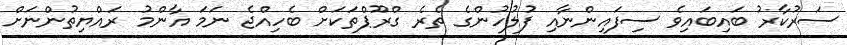
ސަރުކާރު ބައިބައިވެ ސިފައިންނާއި ފުލުހުންގެ ތެރެ ގްރޫޕްތަކަށް ބެހިއްޖެ ނަމަ އާންމު ރައްޔިތުންނަށް